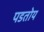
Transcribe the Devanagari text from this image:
पडतोय